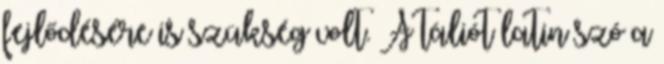
fejlődésére is szükség volt. A táliót latin szó a